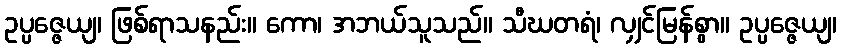
ဥပ္ပဇ္ဇေယျ၊ ဖြစ်ရာသနည်း။ ကော၊ အဘယ်သူသည်။ သီဃတရံ၊ လျှင်မြန်စွာ။ ဥပ္ပဇ္ဇေယျ၊